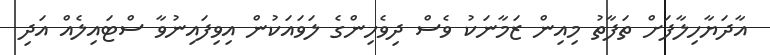
އާދަޔާހިލާފަށް ތަފާތު މިއިން ޒަމާނަކު ވެސް ދިވެހިންގެ ލަވައަކުން އިވިފައިނުވާ ސްޓައިލެއް އަދި